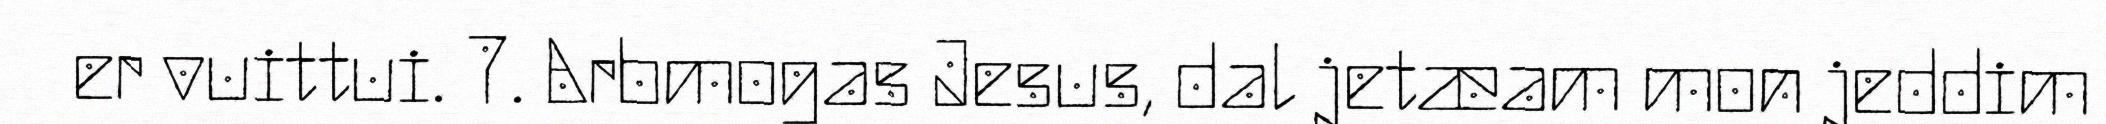
er vuittui. 7. Arbmogas Jesus, dal jetæam mon jeddim